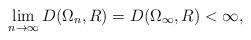
LaTeX: \begin{align*}\lim_{n \rightarrow \infty} D(\Omega_n,R) = D(\Omega_\infty, R)< \infty,\end{align*}